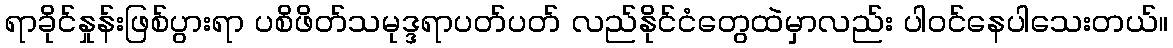
ရာခိုင်နှုန်းဖြစ်ပွားရာ ပစိဖိတ်သမုဒ္ဒရာပတ်ပတ် လည်နိုင်ငံတွေထဲမှာလည်း ပါဝင်နေပါသေးတယ်။